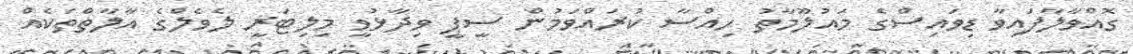
ގޮއްވާލާފައިވާ ޑިވައިސްގެ މައުލޫމާތު ހިއްސާ ކުރައްވަމުން ސީޕީ ވިދާޅުވީ މިލިޓަރީ ލެވެލްގެ އާލާތްތަކެއް